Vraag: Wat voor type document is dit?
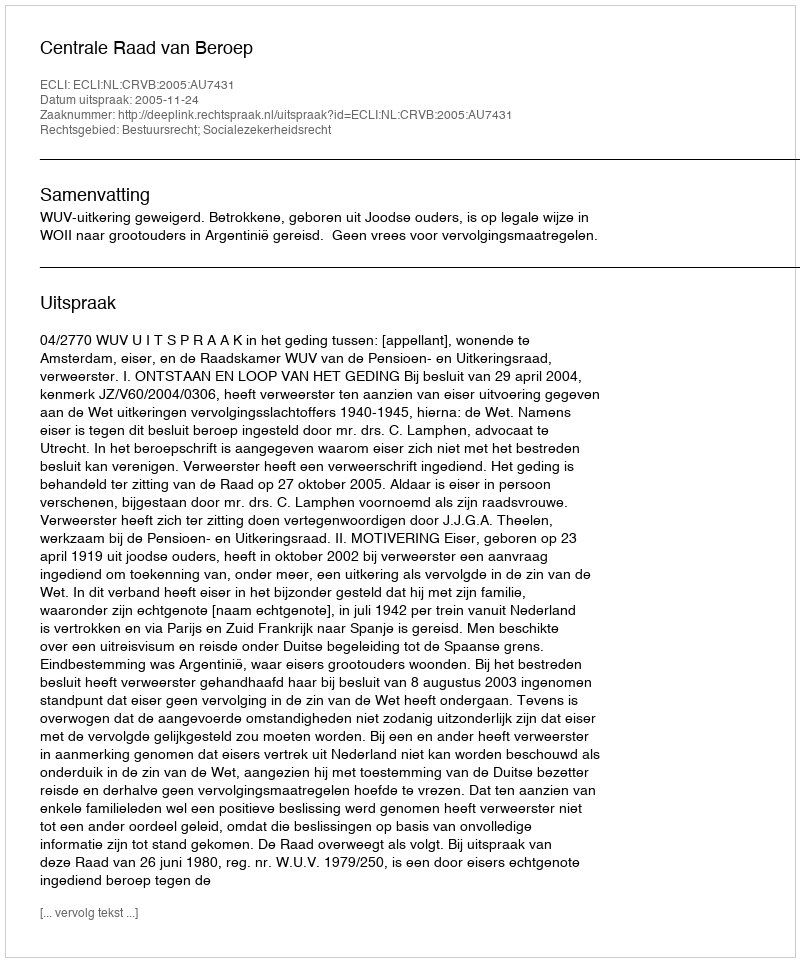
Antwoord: Uitspraak